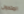
المتحول